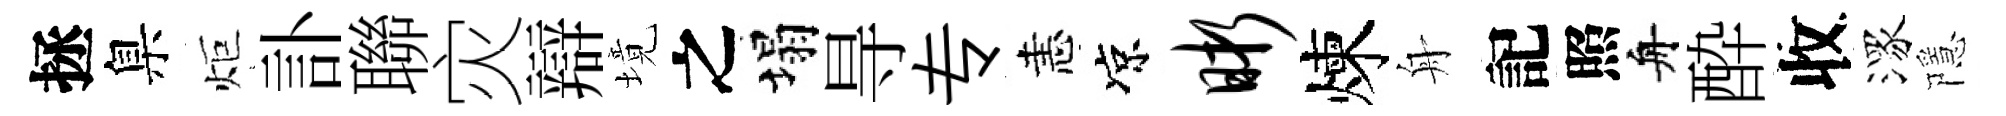
拯臬炬訃聯灾辯境之塌㝵专恚凉晰煉舟記照舟酔收潈隱